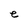
Character: e